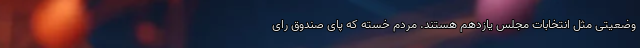
وضعیتی مثل انتخابات مجلس یازدهم هستند. مردم خسته که پای صندوق رای